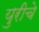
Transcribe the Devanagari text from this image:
युरीचे